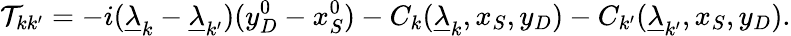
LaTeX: {\cal T}_{kk^{\prime}}=-i(\underline{{\lambda}}_{k}-\underline{{\lambda}}_{k^{\prime}})(y_{D}^{0}-x_{S}^{0})-C_{k}(\underline{{\lambda}}_{k},x_{S},y_{D})-C_{k^{\prime}}(\underline{{\lambda}}_{k^{\prime}},x_{S},y_{D}).